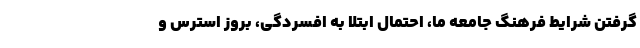
گرفتن شرایط فرهنگ جامعه ما، احتمال ابتلا به افسردگی، بروز استرس و